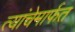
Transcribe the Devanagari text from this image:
त्यांचेमार्फत